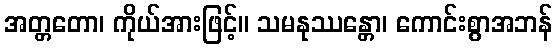
အတ္တတော၊ ကိုယ်အားဖြင့်။ သမနုဿန္တော၊ ကောင်းစွာအဘန်